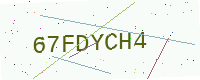
Text: 67FDYCH4